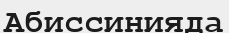
Абиссинияда